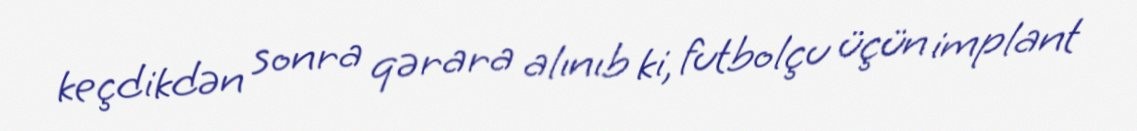
keçdikdən sonra qərara alınıb ki, futbolçu üçün implant